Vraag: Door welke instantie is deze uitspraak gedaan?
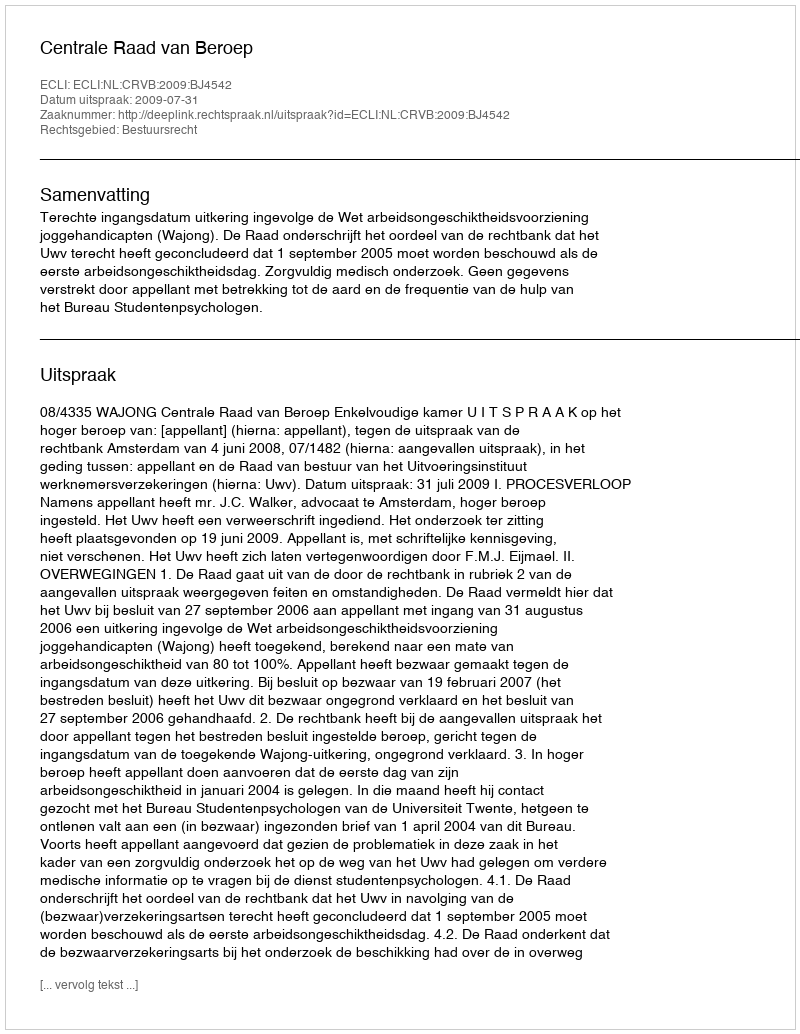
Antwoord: Centrale Raad van Beroep